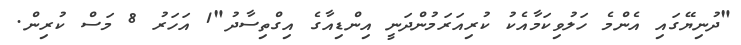
"ދުނިޔޭގައި އެންމެ ހަލުވިކަމާއެކު ކުރިއަރަމުންދަނީ އިންޑިއާގެ އިގްތިސާދު"1 އަހަރު 8 މަސް ކުރިން.